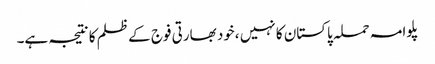
پلوامہ حملہ پاکستان کا نہیں ،خود بھارتی فوج کے ظلم کا نتیجہ ہے۔